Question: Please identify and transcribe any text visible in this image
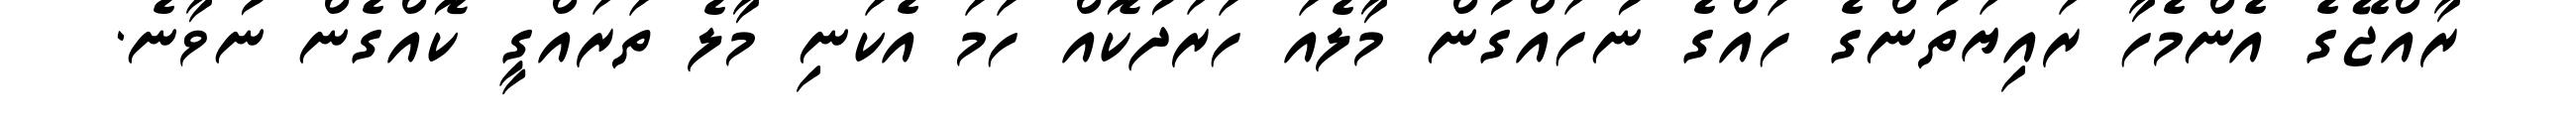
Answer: ރާއްޖޭގެ އެންމެހާ ރައިޔަތުންގެ ހައްގެ ނުހައްގުން މާލެއަ ހަރަދުކޮއް ހަމަ އެކަނި މާލެ ތަރައްގީ ކޮއްގެން ނުވާނެ.